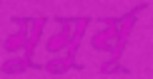
মুমুর্ষূ